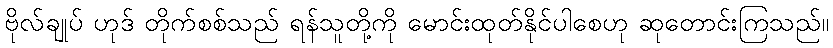
ဗိုလ်ချုပ် ဟုဒ် တိုက်စစ်သည် ရန်သူတို့ကို မောင်းထုတ်နိုင်ပါစေဟု ဆုတောင်းကြသည်။